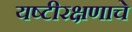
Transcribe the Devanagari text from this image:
यष्टीरक्षणाचे